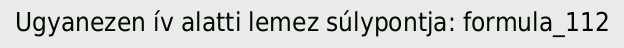
Ugyanezen ív alatti lemez súlypontja: formula_112